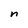
Character: n